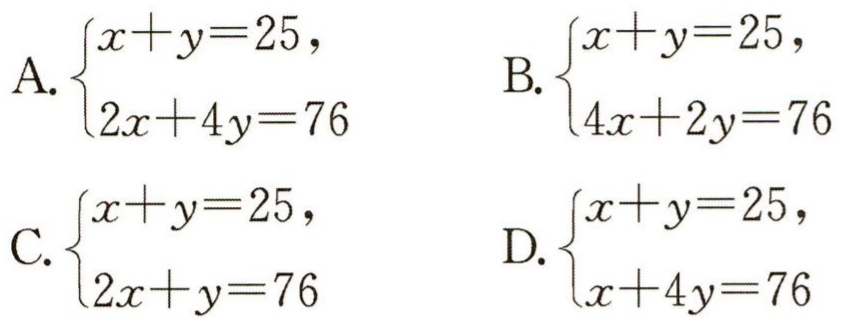
A. $\begin{cases}x + y = 25,\\2x + 4y = 76\end{cases}$
B. $\begin{cases}x + y = 25,\\4x + 2y = 76\end{cases}$
C. $\begin{cases}x + y = 25,\\2x + y = 76\end{cases}$
D. $\begin{cases}x + y = 25,\\x + 4y = 76\end{cases}$